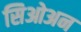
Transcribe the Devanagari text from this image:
सिओअन